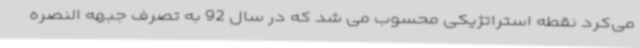
می‌کرد نقطه استراتژیکی محسوب می شد که در سال 92 به تصرف جبهه النصره